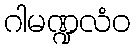
ဂါမဏ္ဍလံဝ